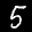
Label: 5